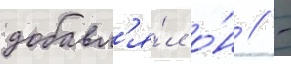
добавл'я́л о́н / -